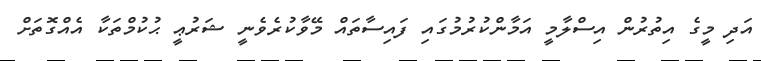
އަދި މީގެ އިތުރުން އިސްލާމީ އަމާންކުރުމުގައި ފައިސާތައް މޭވާކުރެވެނީ ޝަރުޢީ ޙުކުމްތަކާ އެއްގޮތަށް